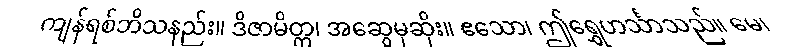
ကျန်ရစ်ဘိသနည်း။ ဒိဇာမိတ္တ၊ အဆွေမုဆိုး။ ဧသော၊ ဤရွှေဟင်္သာသည်။ မေ၊